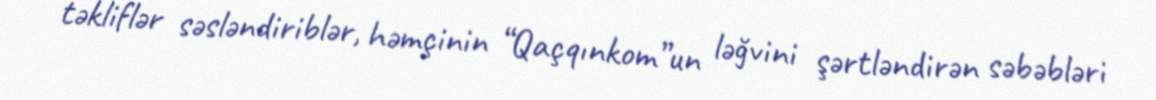
təkliflər səsləndiriblər, həmçinin “Qaçqınkom”un ləğvini şərtləndirən səbəbləri